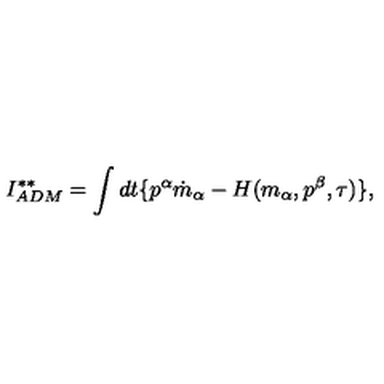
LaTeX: I _ { A D M } ^ { \ast \ast } = \int d t \{ p ^ { \alpha } \dot { m } _ { \alpha } - H ( m _ { \alpha } , p ^ { \beta } , \tau ) \} ,